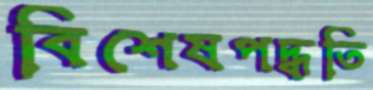
বিশেষপদ্ধতি